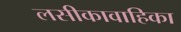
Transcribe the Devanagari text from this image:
लसीकावाहिका